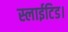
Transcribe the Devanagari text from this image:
स्लाईटिड।